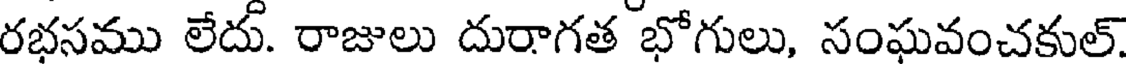
రభసము లేదు. రాజులు దురాగత భోగులు, సంఘవంచకుల్